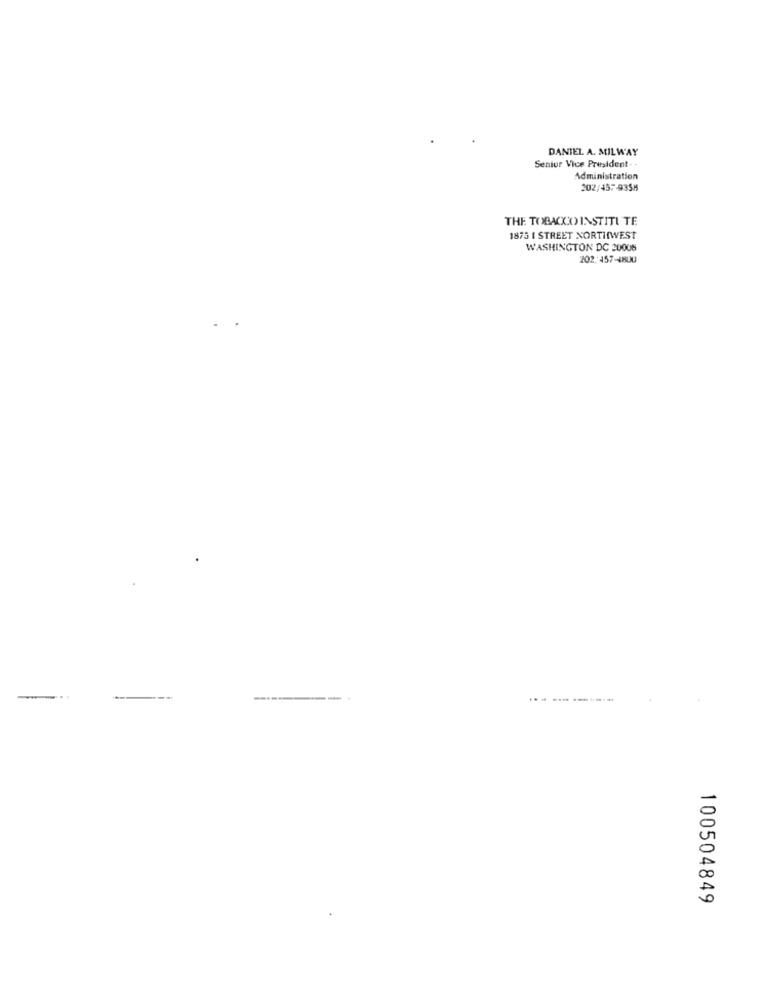
DANIEL A. MILWAY
Senior Vice President
Administration
202/457-9358
THE TOBACCO INSTITU TE
1875 I STREET NORTHWEST
WASHINGTON DC 20008
202.157-18UU
--
----------
100504849